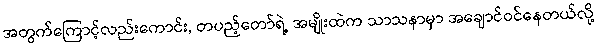
အတွက်ကြောင့်လည်းကောင်း, တပည့်တော်ရဲ့ အမျိုးထဲက သာသနာမှာ အချောင်ဝင်နေတယ်လို့